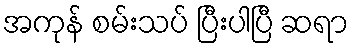
အကုန် စမ်းသပ် ပြီးပါပြီ ဆရာ